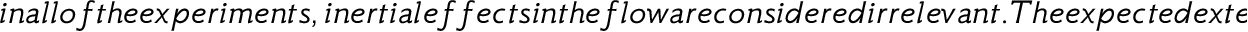
i n a l l o f t h e e x p e r i m e n t s , i n e r t i a l e f f e c t s i n t h e f l o w a r e c o n s i d e r e d i r r e l e v a n t . T h e e x p e c t e d e x t e n s i o n a l r a t e s o b t a i n e d f r o m t h e n u m e r i c a l f l o w v e l o c i t y p r o f i l e s g i v e n i n F i g . ~ ( c ) a r e